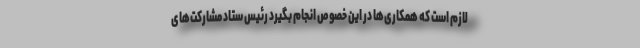
لازم است که همکاری‌ها در این خصوص انجام بگیرد رئیس ستاد مشارکت‌های